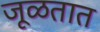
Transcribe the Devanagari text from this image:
जूळतात